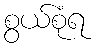
စွယ်စုံရ